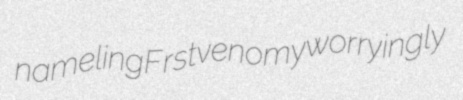
nameling Frst venomy worryingly